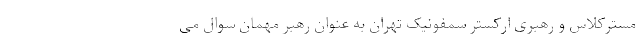
مسترکلاس و رهبری ارکستر سمفونیک تهران به عنوان رهبر مهمان سوال می